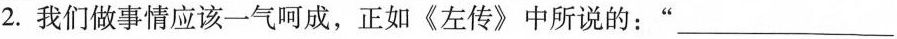
2.我们做事情应该一气呵成，正如《左传》中所说的：”___